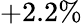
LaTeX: +2.2\%